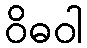
ဝိဓဝါ